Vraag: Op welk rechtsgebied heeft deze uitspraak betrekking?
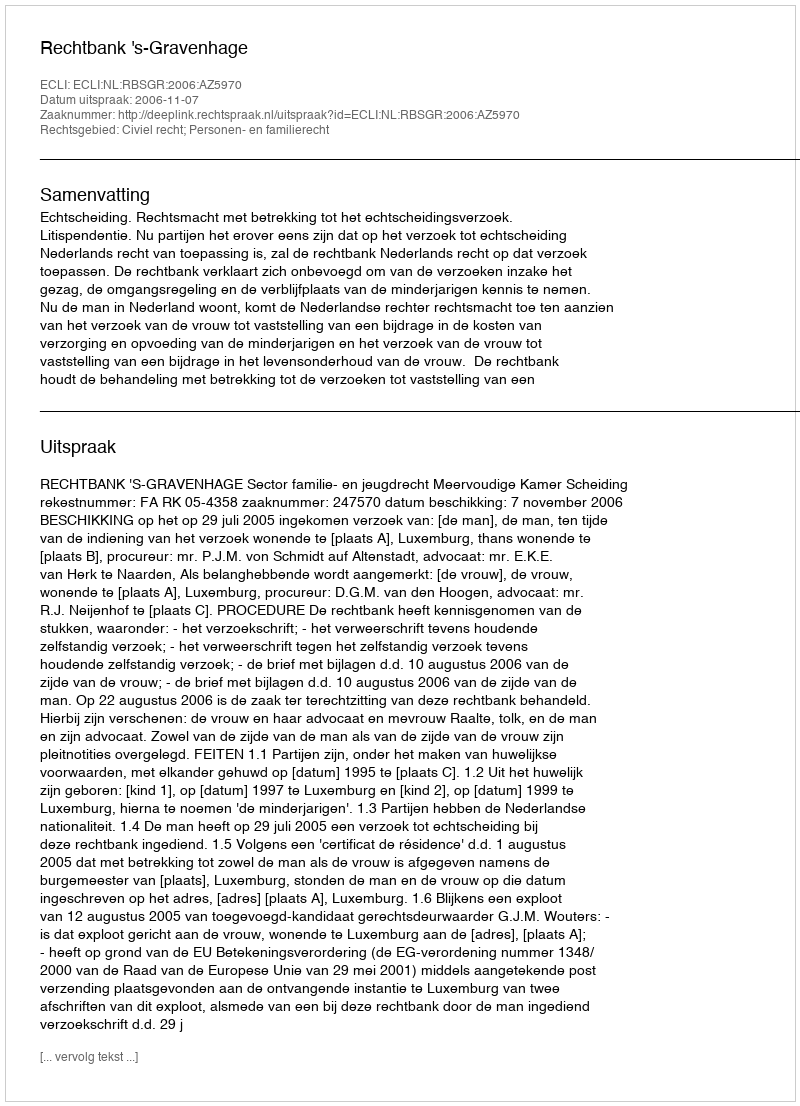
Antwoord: Civiel recht; Personen- en familierecht